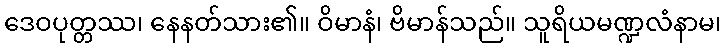
ဒေဝပုတ္တဿ၊ နေနတ်သား၏။ ဝိမာနံ၊ ဗိမာန်သည်။ သူရိယမဏ္ဍလံနာမ၊